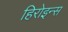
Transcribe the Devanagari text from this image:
हिरोइन्स